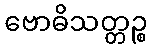
ဗောဓိသတ္တဉ္စ